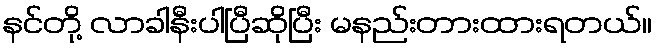
နင်တို့ လာခါနီးပါပြီဆိုပြီး မနည်းတားထားရတယ်။